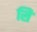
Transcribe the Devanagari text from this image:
सिे